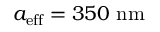
{ a _ { \mathrm { e f f } } = 3 5 0 \ \mathrm { n m } }